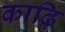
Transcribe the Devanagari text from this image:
काढ़ि